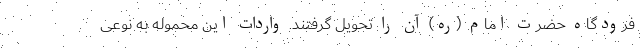
فرودگاه حضرت امام (ره) آن را تحویل گرفتند. واردات این محموله به نوعی